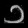
Digit: ၁